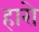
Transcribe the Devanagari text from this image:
हारो